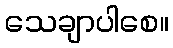
သေချာပါစေ။